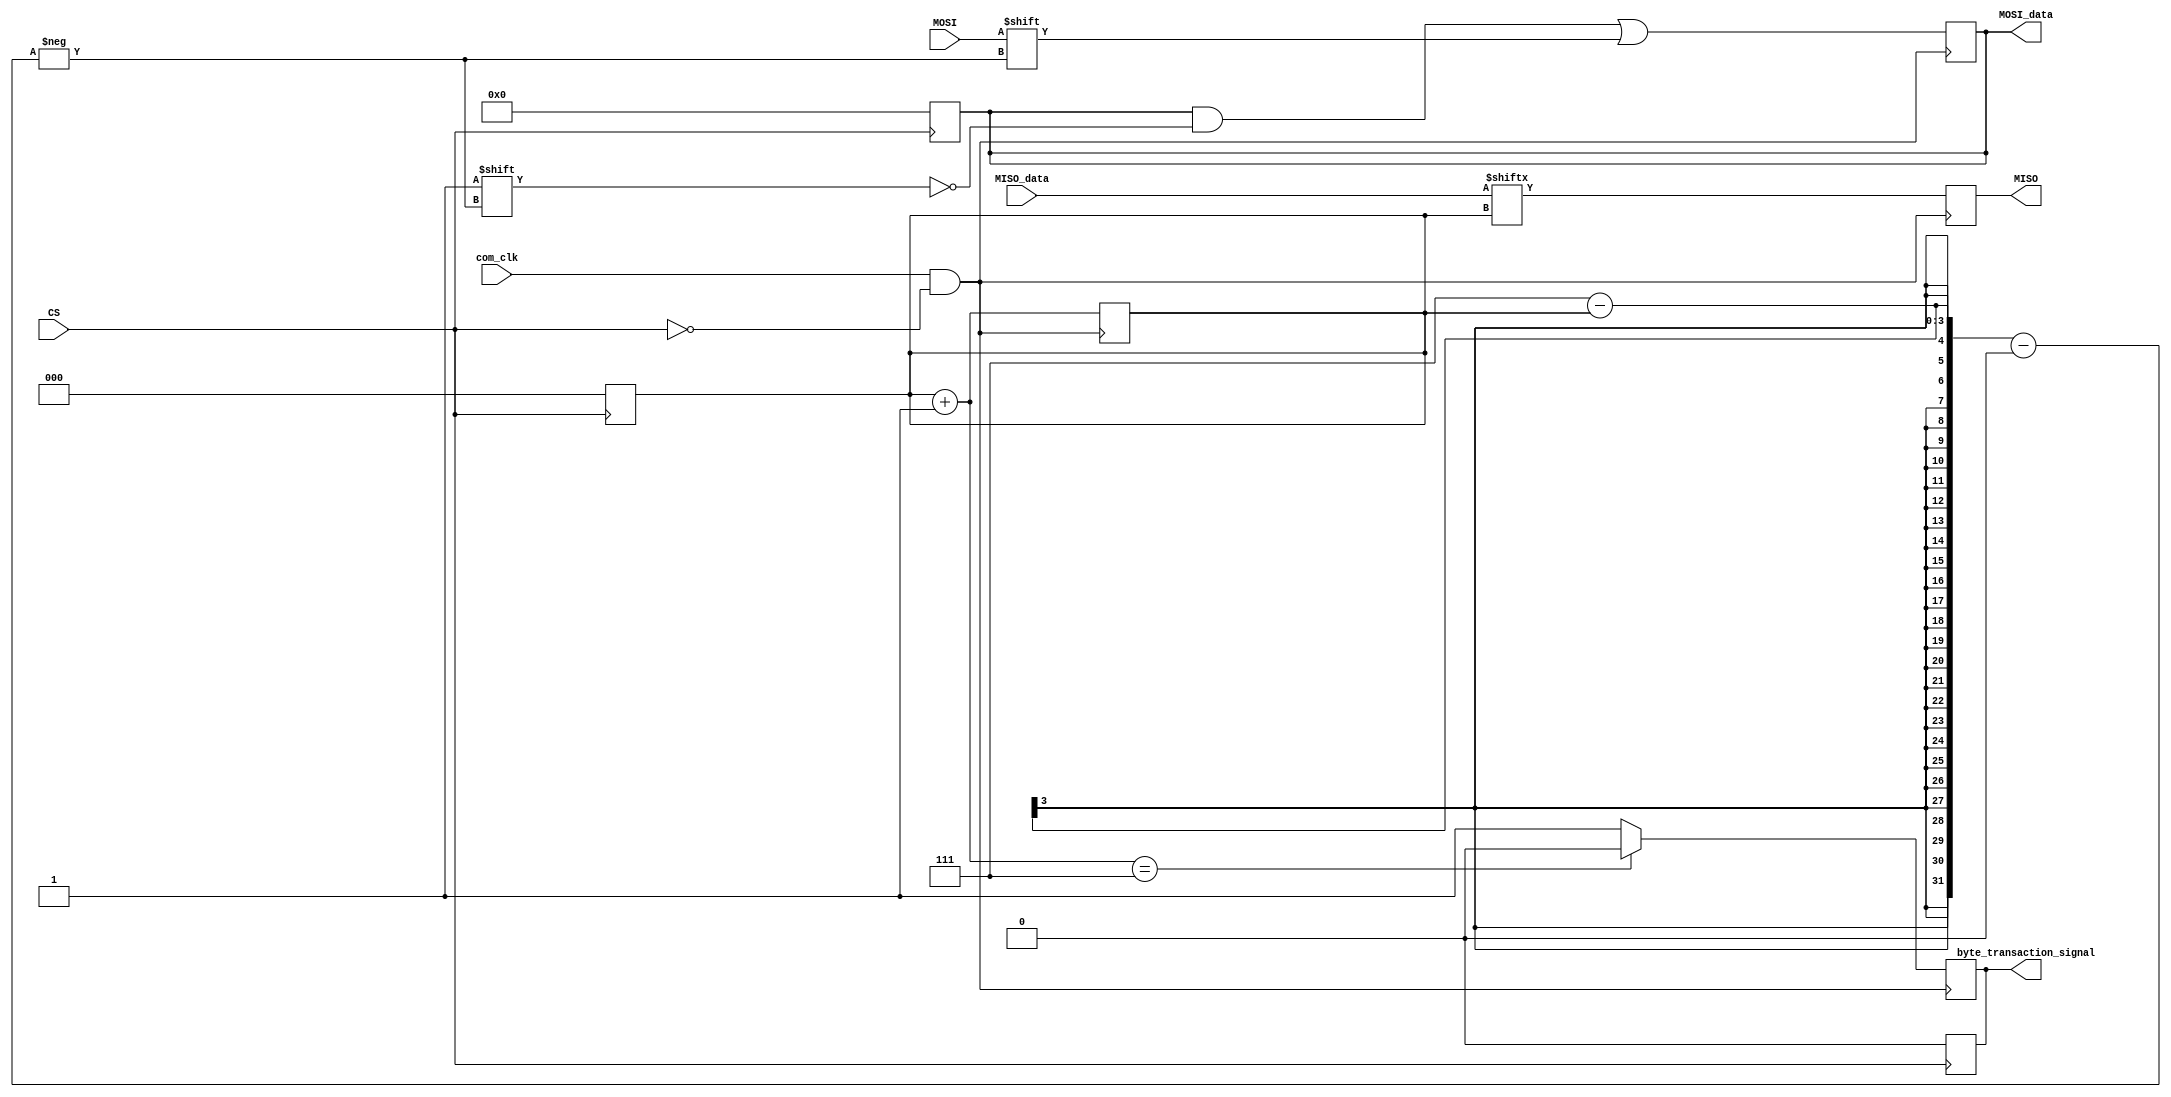

/*
 * basic SPI slave module
 * mode 3, CPOL=1, CPHA=1
 * MSB first
 * com_clk:
    clock signal from master
 * CS:
    chip select signal from master
    1: idle, 0: transaction
 * byte_transaction_signal:
    signal to indicate state of transaction of a byte
    1: transaction, 0: idle
 * MISO_data:
    data to be sent to master
 * MOSI_data: data received from master
    (there is data when byte_transaction_signal is 1)
 * counter:
    counter to 8 bits
 * @author Gyeongjun Chae(https://github.com/cka09191)
 */

module SPI_slave (
    input wire com_clk,
    input wire CS,
    input wire MOSI,
    output reg MISO,
    input wire[7:0] MISO_data,
    output reg[7:0] MOSI_data,
    output reg byte_transaction_signal
);
    reg [2:0] counter;

    always @(negedge CS) begin
        MOSI_data<=8'b00000000;
        counter <= 3'b000;
        byte_transaction_signal <= 0;
    end

    wire clk_when_CS = com_clk & ~CS;
    always @(posedge clk_when_CS) begin
        // when transaction starts
        if (byte_transaction_signal == 0) begin
            byte_transaction_signal <= 1;
        end
        // when transaction ends


        MOSI_data[7-counter] <= MOSI;

        MISO<=MISO_data[counter];

        counter = counter + 1;
        if (counter == 7) begin
            byte_transaction_signal <= 0;
        end
    end

endmodule